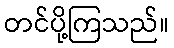
တင်ပို့ကြသည်။